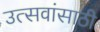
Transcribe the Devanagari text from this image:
उत्सवांसाठी